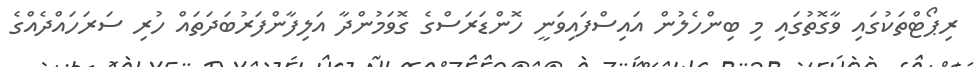
ރިޕޯޓްތަކުގައި ވާގޮތުގައި މި ބިންހެލުން އައިސްފައިވަނީ ހޮންޑަރަސްގެ ގޮވަމުންދާ އަލިފާންފަރުބަދަތައް ހުރި ސަރަހައްދެއްގެ